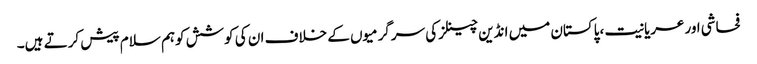
فحاشی اورعریانیت ،پاکستان میں انڈین چینلزکی سرگرمیوں کے خلاف ان کی کوشش کوہم سلام پیش کرتے ہیں۔